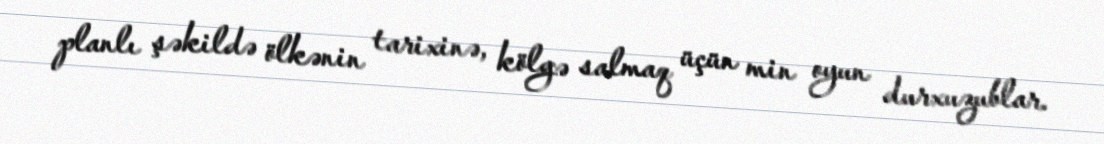
planlı şəkildə ölkənin tarixinə, kölgə salmaq üçün min oyun durxuzublar.